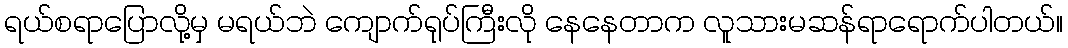
ရယ်စရာပြောလို့မှ မရယ်ဘဲ ကျောက်ရုပ်ကြီးလို နေနေတာက လူသားမဆန်ရာရောက်ပါတယ်။